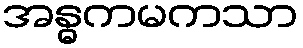
အန္ဓကမကသာ